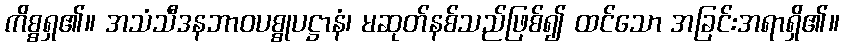
ကိစ္စရှ၏။ အသံသီဒနဘာဝပစ္စုပဋ္ဌာနံ၊ မဆုတ်နစ်သည်ဖြစ်၍ ထင်သော အခြင်းအရာရှိ၏။